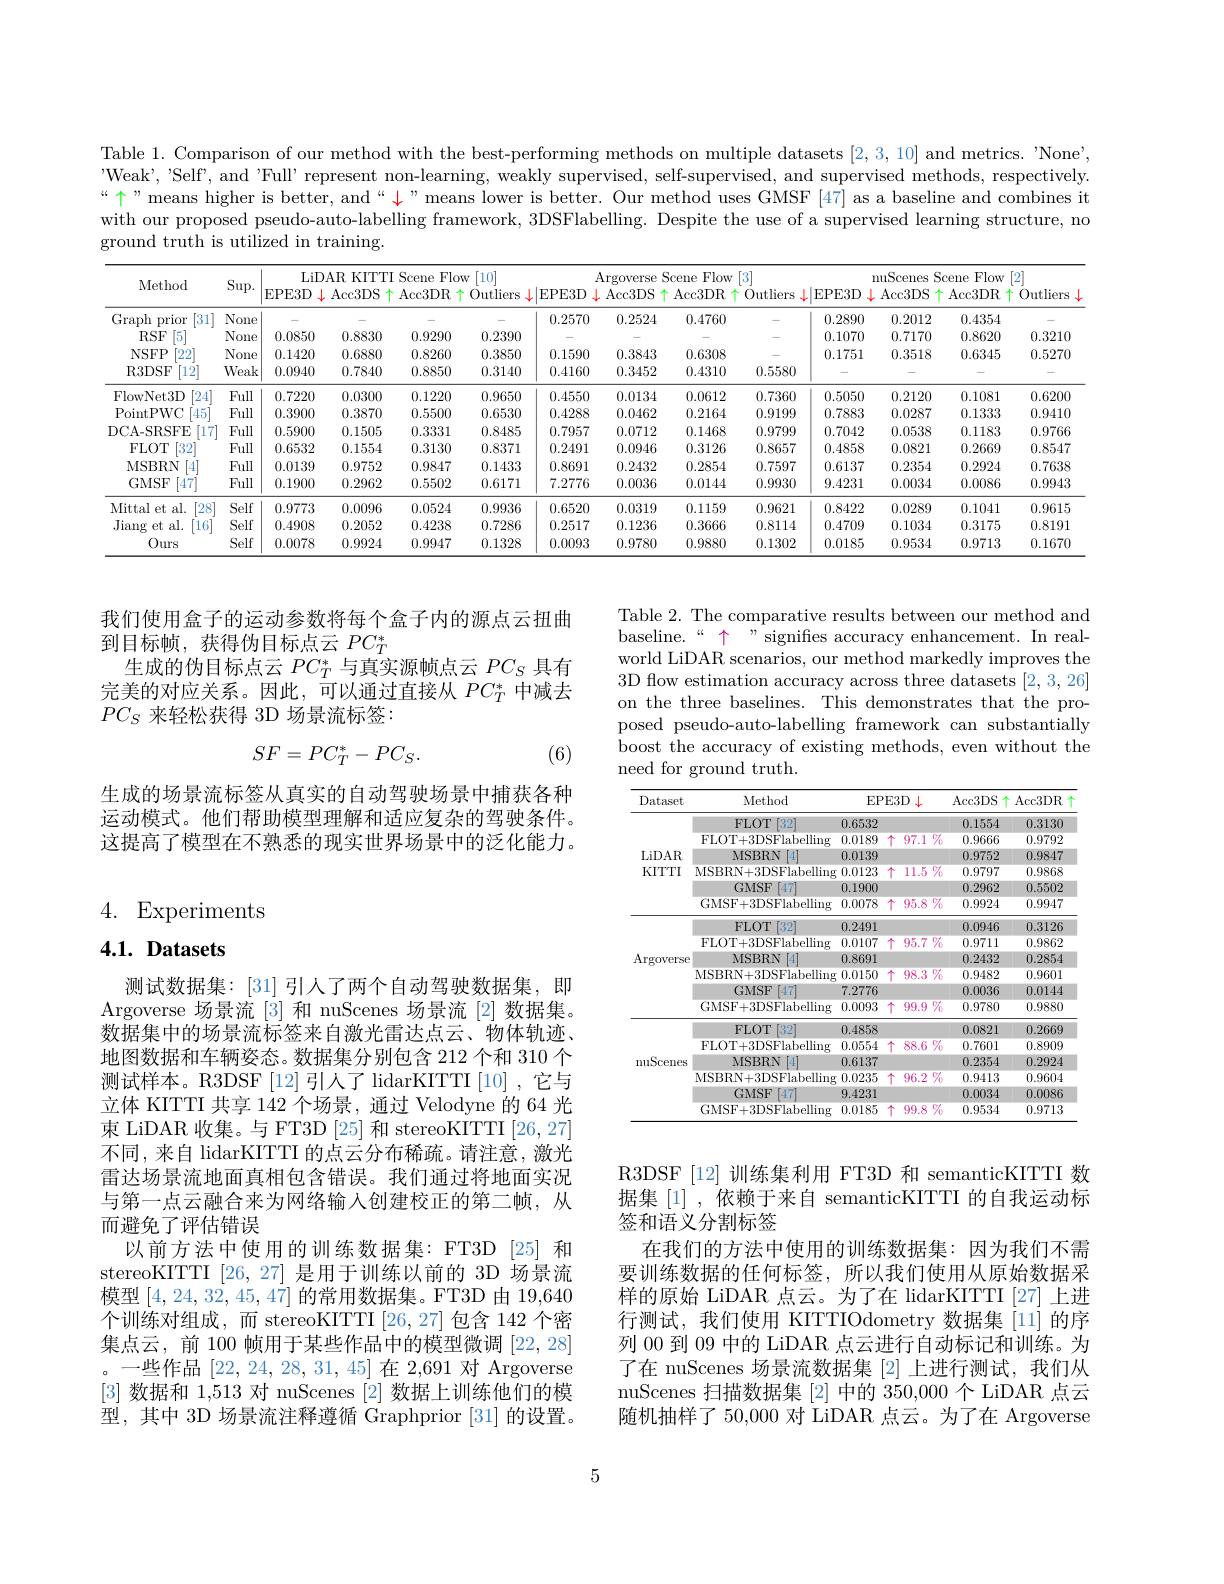
Table 1. Comparison of our method with the best-performing methods on multiple datasets [2,3,10] and metrics. "None', "Weak', 'Self', and 'Full' represent non-learning, weakly supervised, self-supervised, and supervised methods, respectively. “个”means higher is better, and“ " means lower is better. Our method uses GMSF [47] as a baseline and combines it with our proposed pseudo-auto-labelling framework, 3DSFlabelling. Despite the use of a supervised learning structure, no ground truth is utilized in training.

<table>
	<tbody>
		<tr>
			<th rowspan="2">Method</th>
			<th rowspan="2">$\operatorname{Sup}.$</th>
			<th>LiI</th>
			<th>)AR KITT</th>
			<th>Scene T Flor</th>
			<th>[10] $V$</th>
			<th> </th>
			<th colspan="3">eme $|a_{n-1}$ 13</th>
			<th> </th>
			<th>nuScenes</th>
			<th>Scene Flow</th>
			<th rowspan="2">[2] 0utliers</th>
		</tr>
		<tr>
			<th>EPE3D</th>
			<th>Acc3DS</th>
			<th>Acc3DR</th>
			<th>Outliers</th>
			<th>EPE3D</th>
			<th>$\downarrow$ Acc3DS</th>
			<th>$\uparrow$ Acc3DR</th>
			<th>$\uparrow$ Outliers</th>
			<th>$\left|\text{EPE3D}\right|$ $\begin{bmatrix}1&1\\1&1\end{bmatrix}$</th>
			<th>$\downarrow$ Acc3DS</th>
			<th>$\uparrow$ Acc3DR</th>
		</tr>
		<tr>
			<td>Graph prior $\begin{bmatrix}31\\0\end{bmatrix}$</td>
			<td>None</td>
			<td> </td>
			<td> </td>
			<td> </td>
			<td> </td>
			<td>0.2570</td>
			<td>0.2524</td>
			<td>0.4760</td>
			<td> </td>
			<td>0.2890</td>
			<td>0.2012</td>
			<td>0.4354</td>
			<td> </td>
		</tr>
		<tr>
			<td>$RSF$ $[5^{*}$</td>
			<td>None</td>
			<td>0.0850</td>
			<td>0.8830</td>
			<td>0.9290</td>
			<td>0.2390</td>
			<td> </td>
			<td> </td>
			<td> </td>
			<td> </td>
			<td>0.1070</td>
			<td>0.7170</td>
			<td>0.8620</td>
			<td>0.3210</td>
		</tr>
		<tr>
			<td>NSFP [22]</td>
			<td>None</td>
			<td>0.1420</td>
			<td>0.6880</td>
			<td>0.8260</td>
			<td>0.3850</td>
			<td>0.1590</td>
			<td>0.3843</td>
			<td>0.6308</td>
			<td> </td>
			<td>0.1751</td>
			<td>0.3518</td>
			<td>0.6345</td>
			<td>0.5270</td>
		</tr>
		<tr>
			<td>R3DSF [12]</td>
			<td>Weak</td>
			<td>0.0940</td>
			<td>0.7840</td>
			<td>0.8850</td>
			<td>0.3140</td>
			<td>0.4160</td>
			<td>0.3452</td>
			<td>0.4310</td>
			<td>0.5580</td>
			<td> </td>
			<td> </td>
			<td> </td>
			<td> </td>
		</tr>
		<tr>
			<td>FlowNet3D [24]</td>
			<td>Full</td>
			<td>0.7220</td>
			<td>0.0300</td>
			<td>0.1220</td>
			<td>0.9650</td>
			<td>0.4550</td>
			<td>0.0134</td>
			<td>0.0612</td>
			<td>0.7360</td>
			<td>0.5050</td>
			<td>0.2120</td>
			<td>0.1081</td>
			<td>0.6200</td>
		</tr>
		<tr>
			<td>PointPWC 45</td>
			<td>Full</td>
			<td>0.3900</td>
			<td>0.3870</td>
			<td>0.5500</td>
			<td>0.6530</td>
			<td>0.4288</td>
			<td>0.0462</td>
			<td>0.2164</td>
			<td>0.9199</td>
			<td>0.7883</td>
			<td>0.0287</td>
			<td>0.1333</td>
			<td>0.9410</td>
		</tr>
		<tr>
			<td>DCA- SRSFE 17</td>
			<td>Full</td>
			<td>0.5900</td>
			<td>0.1505</td>
			<td>0.3331</td>
			<td>0.8485</td>
			<td>0.7957</td>
			<td>0.0712</td>
			<td>0.1468</td>
			<td>0.9799</td>
			<td>0.7042</td>
			<td>0.0538</td>
			<td>0.1183</td>
			<td>0.9766</td>
		</tr>
		<tr>
			<td>FLOT $\begin{bmatrix}32\\1\end{bmatrix}$</td>
			<td>Full</td>
			<td>0.6532</td>
			<td>0.1554</td>
			<td>0.3130</td>
			<td>0.8371</td>
			<td>0.2491</td>
			<td>0.0946</td>
			<td>0.3126</td>
			<td>0.8657</td>
			<td>0.4858</td>
			<td>0.0821</td>
			<td>0.2669</td>
			<td>0.8547</td>
		</tr>
		<tr>
			<td>MSBRN 1</td>
			<td>Full</td>
			<td>0.0139</td>
			<td>0.9752</td>
			<td>0.9847</td>
			<td>0.1433</td>
			<td>0.8691</td>
			<td>0.2432</td>
			<td>0.2854</td>
			<td>0.7597</td>
			<td>0.6137</td>
			<td>0.2354</td>
			<td>0.2924</td>
			<td>0.7638</td>
		</tr>
		<tr>
			<td>GMSF [47]</td>
			<td>Full</td>
			<td>0.1900</td>
			<td>0.2962</td>
			<td>0.5502</td>
			<td>0.6171</td>
			<td>7.2776</td>
			<td>0.0036</td>
			<td>0.0144</td>
			<td>0.9930</td>
			<td>9.4231</td>
			<td>0.0034</td>
			<td>0.0086</td>
			<td>0.9943</td>
		</tr>
		<tr>
			<td>Mittal et al. [28]</td>
			<td>Self</td>
			<td>0.9773</td>
			<td>0.0096</td>
			<td>0.0524</td>
			<td>0.9936</td>
			<td>0.6520</td>
			<td>0.0319</td>
			<td>0.1159</td>
			<td>0.9621</td>
			<td>0.8422</td>
			<td>0.0289</td>
			<td>0.1041</td>
			<td>0.9615</td>
		</tr>
		<tr>
			<td>Jiang $et\varepsilon$ al. $16^{*}$</td>
			<td>Self</td>
			<td>0.4908</td>
			<td>0.2052</td>
			<td>0.4238</td>
			<td>0.7286</td>
			<td>0.2517</td>
			<td>0.1236</td>
			<td>0.3666</td>
			<td>0.8114</td>
			<td>0.4709</td>
			<td>0.1034</td>
			<td>0.3175</td>
			<td>0.8191</td>
		</tr>
		<tr>
			<td>$0urs$</td>
			<td>Self</td>
			<td>0.0078</td>
			<td>0.9924</td>
			<td>0.9947</td>
			<td>0.1328</td>
			<td>0.0093</td>
			<td>0.9780</td>
			<td>0.9880</td>
			<td>0.1302</td>
			<td>0.0185</td>
			<td>0.9534</td>
			<td>0.9713</td>
			<td>0.1670</td>
		</tr>
	</tbody>
</table>

我们使用盒子的运动参数将每个盒子内的源点云扭曲
到目标帧，获得伪目标点云$PC_T^*$
生成的伪目标点云$PC_T^*$与真实源帧点云$PC_S$具有完美的对应关系。因此，可以通过直接从$PC_T^*$中减去$PC_S$来轻松获得 3D 场景流标签：

Table 2. The comparative results between our method and baseline.“ 个” signifies accuracy enhancement. In realworld LiDAR scenarios, our method markedly improves the 3D flow estimation accuracy across three datasets [2,3,26] on the three baselines. This demonstrates that the proposed pseudo-auto-labelling framework can substantially boost the accuracy of existing methods, even without the need for ground truth.
$$SF=PC_T^*-PC_S.$$
(6)

生成的场景流标签从真实的自动驾驶场景中捕获各种运动模式。他们帮助模型理解和适应复杂的驾驶条件。这提高了模型在不熟悉的现实世界场景中的泛化能力。

# 4. Experiments

$4. 1. \textbf{ Datasets}$

<table>
	<tbody>
		<tr>
			<th>Dataset</th>
			<th>Method</th>
			<th>EPE3D 1.</th>
			<th>$\operatorname{Acc3DS}\uparrow$</th>
			<th>Acc3DR</th>
		</tr>
		<tr>
			<td rowspan="6">LiDAR KITTI</td>
			<td>FLOT 132</td>
			<td>0.6532</td>
			<td>0.1554</td>
			<td>0.3130</td>
		</tr>
		<tr>
			<td>FLOT+3DSFlabelling</td>
			<td>0.0189 个 97.1 $\overrightarrow{07}_0^{\prime}$</td>
			<td>0.9666</td>
			<td>0.9792</td>
		</tr>
		<tr>
			<td>MSBRN 4</td>
			<td>0.0139</td>
			<td>0.9752</td>
			<td>0.9847</td>
		</tr>
		<tr>
			<td>MSBRN+3DSFlabelling</td>
			<td>0.0123 个 $11.5\%$</td>
			<td>0.9797</td>
			<td>0.9868</td>
		</tr>
		<tr>
			<td>GMSF [47]</td>
			<td>0.1900</td>
			<td>0.2962</td>
			<td>0.5502</td>
		</tr>
		<tr>
			<td>GMSF+ 3DSFlabelling</td>
			<td>0.0078 十 $95.8\%$</td>
			<td>0.9924</td>
			<td>0.9947</td>
		</tr>
		<tr>
			<td rowspan="6">$\operatorname{Argoverse}$</td>
			<td>FLOT 132</td>
			<td>0.2491</td>
			<td>0.0946</td>
			<td>0.3126</td>
		</tr>
		<tr>
			<td>FLOT+3DSFlabelling</td>
			<td>$95.7\%$ 0.0107 个</td>
			<td>0.9711</td>
			<td>0.9862</td>
		</tr>
		<tr>
			<td>MSBRN [4</td>
			<td>0.8691</td>
			<td>0.2432</td>
			<td>0.2854</td>
		</tr>
		<tr>
			<td>MSBRN+3DSFlabelling</td>
			<td>$98.3\%$ 0.0150 个</td>
			<td>0.9482</td>
			<td>0.9601</td>
		</tr>
		<tr>
			<td>GMSF [47]</td>
			<td>7.2776</td>
			<td>0.0036</td>
			<td>0.0144</td>
		</tr>
		<tr>
			<td>GMSF+ 3DSFlabelling</td>
			<td>$99.9\%$ 0.0093 十</td>
			<td>0.9780</td>
			<td>0.9880</td>
		</tr>
		<tr>
			<td rowspan="6">nuScenes</td>
			<td>FLOT 132</td>
			<td>0.4858</td>
			<td>0.0821</td>
			<td>0.2669</td>
		</tr>
		<tr>
			<td>FLOT+3DSFlabelling</td>
			<td>$88.6\%$ 0.0554 十</td>
			<td>0.7601</td>
			<td>0.8909</td>
		</tr>
		<tr>
			<td>MSBRN 4</td>
			<td>0.6137</td>
			<td>0.2354</td>
			<td>0.2924</td>
		</tr>
		<tr>
			<td>MSBRN+ 3DSFlabelling</td>
			<td>$96.2\%$ 0.0235 十</td>
			<td>0.9413</td>
			<td>0.9604</td>
		</tr>
		<tr>
			<td>GMSF [47]</td>
			<td>9.4231</td>
			<td>0.0034</td>
			<td>0.0086</td>
		</tr>
		<tr>
			<td>GMSF+3DSFlabelling</td>
			<td>$99.8\%$ 0.0185 个</td>
			<td>0.9534</td>
			<td>0.9713</td>
		</tr>
	</tbody>
</table>

测试数据集：[31] 引人了两个自动驾驶数据集，即Argoverse 场景流[3]和 nuScenes 场景流[2]数据集。数据集中的场景流标签来自激光雷达点云、物体轨迹、 地图数据和车辆姿态。数据集分别包含 212 个和 310 个测试样本。R3DSF[12]引人了 lidarKITTI[10],它与立体 KITTI 共享 142 个场景，通过 Velodyne 的 64 光束 LiDAR 收集。与 FT3D [25]和 stereoKITTI [26,27] 不同，来自 lidarKITTI 的点云分布稀疏。请注意，激光雷达场景流地面真相包含错误。我们通过将地面实况与第一点云融合来为网络输入创建校正的第二帧，从而避免了评估错误
以前方法中使用的训练数据集：FT3D[25] 和stereoKITTI [26,27] 是用于训练以前的 3D 场景流模型[4,24,32,45,47]的常用数据集。FT3D 由 19,640个训练对组成，而 stereoKITTI [26,27]包含 142 个密集点云，前 100 帧用于某些作品中的模型微调[22,28] 。一些作品[22,24,28,31,45]在 2,691 对 Argoverse [3]数据和 1,513 对 nuScenes [2] 数据上训练他们的模型，其中 3D 场景流注释遵循 Graphprior [31] 的设置。

R3DSF [12]训练集利用 FT3D 和 semanticKITTI 数据集 [1] ,依赖于来自 semanticKITTI 的自我运动标签和语义分割标签
在我们的方法中使用的训练数据集：因为我们不需要训练数据的任何标签，所以我们使用从原始数据采样的原始 LiDAR 点云。为了在 lidarKITTI [27] 上进行测试，我们使用 KITTIOdometry 数据集[11]的序列 00 到 09 中的 LiDAR 点云进行自动标记和训练。为了在 nuScenes 场景流数据集 [2] 上进行测试，我们从nuScenes 扫描数据集[2]中的 350,000 个 LiDAR 点云随机抽样了 50,000 对 LiDAR 点云。为了在 Argoverse

5